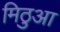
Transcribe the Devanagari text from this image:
मिठुआ